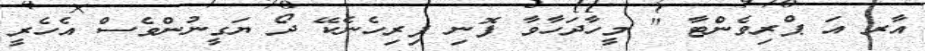
އާރ އަ ޕްރިވެންޓާ " މީހާދަހާވާ ފޮނި ފިރިހެނެކޭ ދޯ ޔަގީނުންވެސް އެހެރީ